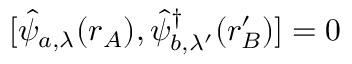
[ \hat { \psi } _ { a , \lambda } ( \boldsymbol { r } _ { A } ) , \hat { \psi } _ { b , \lambda ^ { \prime } } ^ { \dagger } ( \boldsymbol { r } _ { B } ^ { \prime } ) ] = 0